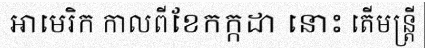
អាមេរិក កាលពីខែកក្កដា នោះ តើមន្ត្រី